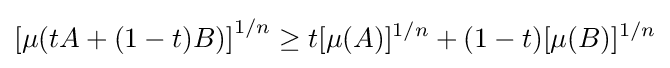
\left[\mu (tA+(1-t)B)\right]^{1/n}\geq t[\mu (A)]^{1/n}+(1-t)[\mu (B)]^{1/n}